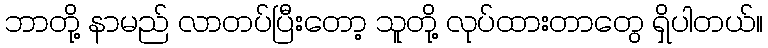
ဘာတို့ နာမည် လာတပ်ပြီးတော့ သူတို့ လုပ်ထားတာတွေ ရှိပါတယ်။